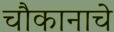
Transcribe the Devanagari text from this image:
चौकानाचे